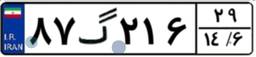
۶۹گ۱۱۲۹۴